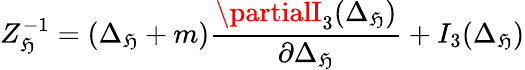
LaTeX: Z_{\mathfrak{H}}^{-1}=(\Delta_{\mathfrak{H}}+m){\frac{{\partialI_{3}(\Delta_{\mathfrak{H}})}}{{\partial\Delta_{\mathfrak{H}}}}}+I_{3}(\Delta_{\mathfrak{H}})